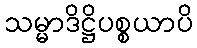
သမ္မာဒိဋ္ဌိပစ္စယာပိ